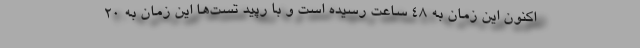
اکنون این زمان به ۴۸ ساعت رسیده است و با رپید تست‌ها این زمان به ۲۰